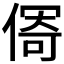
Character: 𱏄